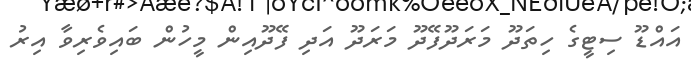
އައްޑޫ ސިޓީގެ ހިތަދޫ މަރަދޫފޭދޫ މަރަދޫ އަދި ފޭދޫއިން މީހުން ބައިވެރިވާ އިރު